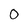
Character: 0